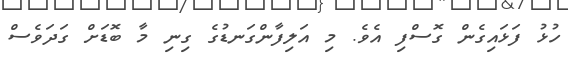
ހުޅު ފަޅައިގެން ގޮސްފި އެވެ. މި އަލިފާންގަނޑުގެ ގިނި މާ ބޮޑަށް ގަދަވެސް